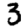
Digit: 3